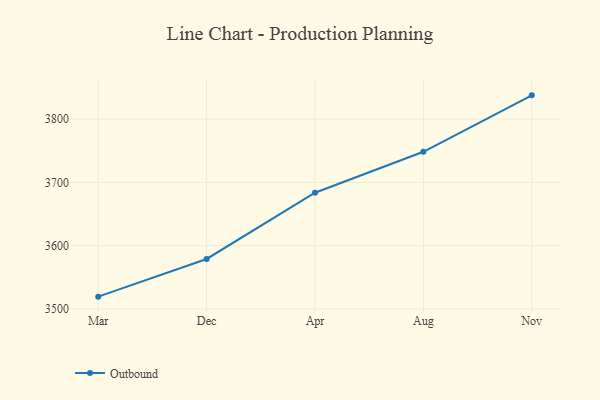
{"axis": {"x": "Month", "y": "Website Visitors"}, "legend": ["Outbound"], "data": [{"x": "Mar", "y": 3519.5, "type": "Outbound"}, {"x": "Dec", "y": 3579.0, "type": "Outbound"}, {"x": "Apr", "y": 3683.6, "type": "Outbound"}, {"x": "Aug", "y": 3748.3, "type": "Outbound"}, {"x": "Nov", "y": 3837.4, "type": "Outbound"}]}